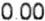
0.00